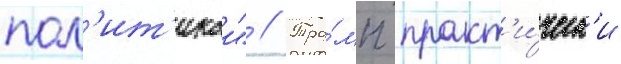
пол'ит'икои" // Тра́мп практ'и́ческ'и